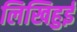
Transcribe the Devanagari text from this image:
लिखिहुई